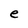
Character: e